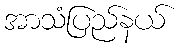
အာသံပြည်နယ်